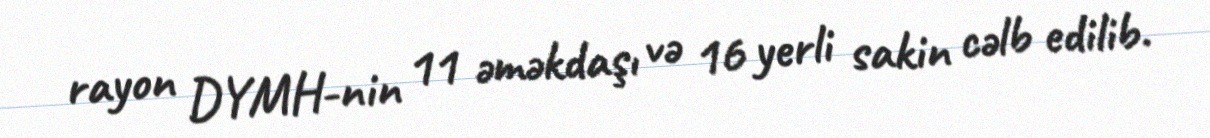
rayon DYMH-nin 11 əməkdaşı və 16 yerli sakin cəlb edilib.